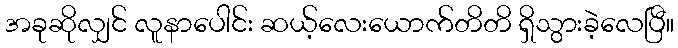
အခုဆိုလျှင် လူနာပေါင်း ဆယ့်လေးယောက်တိတိ ရှိသွားခဲ့လေပြီ။